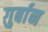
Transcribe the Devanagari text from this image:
ग़ुर्बान